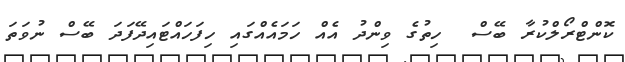
ކޮންޓްރޯލްކުރާ ބޭސް  ހިތުގެ ވިންދު އެއް ހަމައެއްގައި ހިފަހައްޓައިދޭފަދަ ބޭސް ނުވަތަ